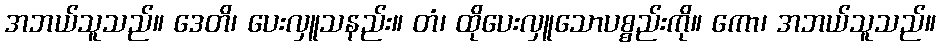
အဘယ်သူသည်။ ဒေတိ၊ ပေးလှူသနည်း။ တံ၊ ထိုပေးလှူသောပစ္စည်းကို။ ကော၊ အဘယ်သူသည်။